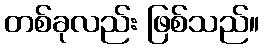
တစ်ခုလည်း ဖြစ်သည်။